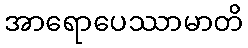
အာရောပေဿာမာတိ